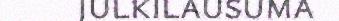
julkilausuma